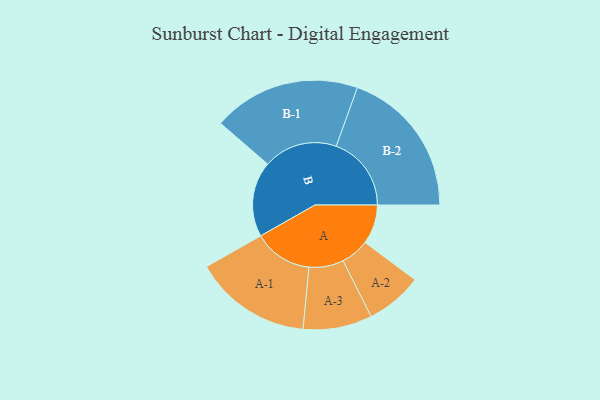
{"axis": {"x": "Segment", "y": "Value"}, "legend": ["", "A", "B"], "data": [{"x": "A", "y": 154, "type": ""}, {"x": "B", "y": 295, "type": ""}, {"x": "A-1", "y": 230, "type": "A"}, {"x": "A-2", "y": 111, "type": "A"}, {"x": "A-3", "y": 135, "type": "A"}, {"x": "B-1", "y": 289, "type": "B"}, {"x": "B-2", "y": 294, "type": "B"}]}